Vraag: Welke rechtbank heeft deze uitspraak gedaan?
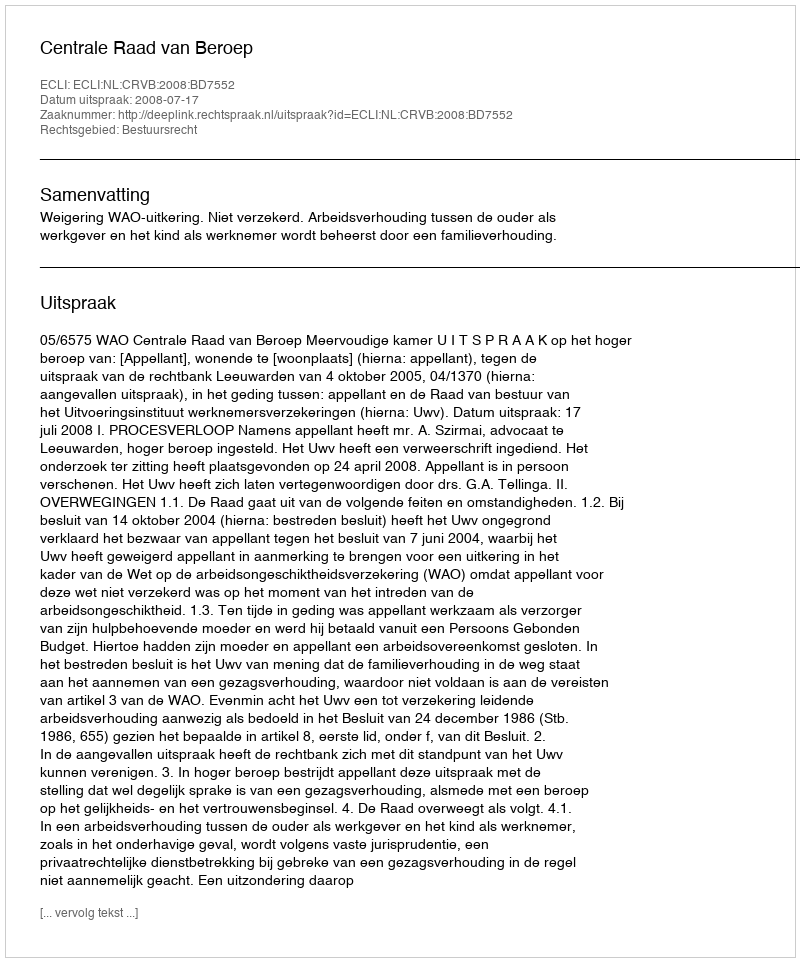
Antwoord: Centrale Raad van Beroep